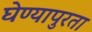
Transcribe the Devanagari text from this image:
घेण्यापुरता